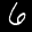
Label: 6